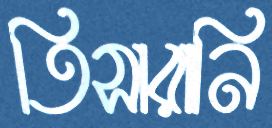
তিসারানি